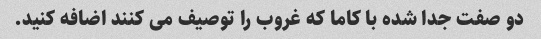
دو صفت جدا شده با کاما که غروب را توصیف می کنند اضافه کنید.